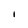
Character: i